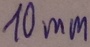
Text: 10mm